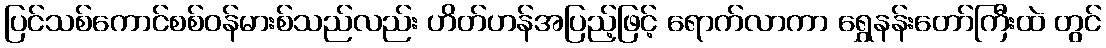
ပြင်သစ်ကောင်စစ်ဝန်မားစ်သည်လည်း ဟိတ်ဟန်အပြည့်ဖြင့် ရောက်လာကာ ရွှေနန်းတော်ကြီးထဲ တွင်